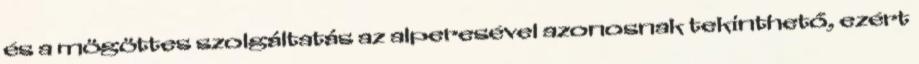
és a mögöttes szolgáltatás az alperesével azonosnak tekinthető, ezért